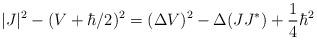
LaTeX: \begin{align*} |J|^2-(V+\hbar/2)^2= (\Delta V)^2-\Delta(JJ^*)+\frac{1}{4}\hbar^2\end{align*}